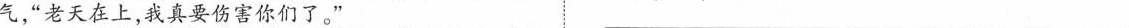
气，”老天在上，我真要伤害你们了。”___